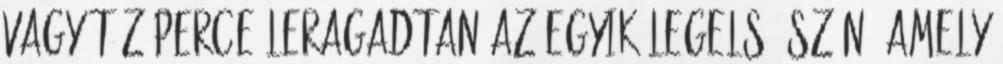
vagy tíz perce leragadtan az egyik legelső szón, amely